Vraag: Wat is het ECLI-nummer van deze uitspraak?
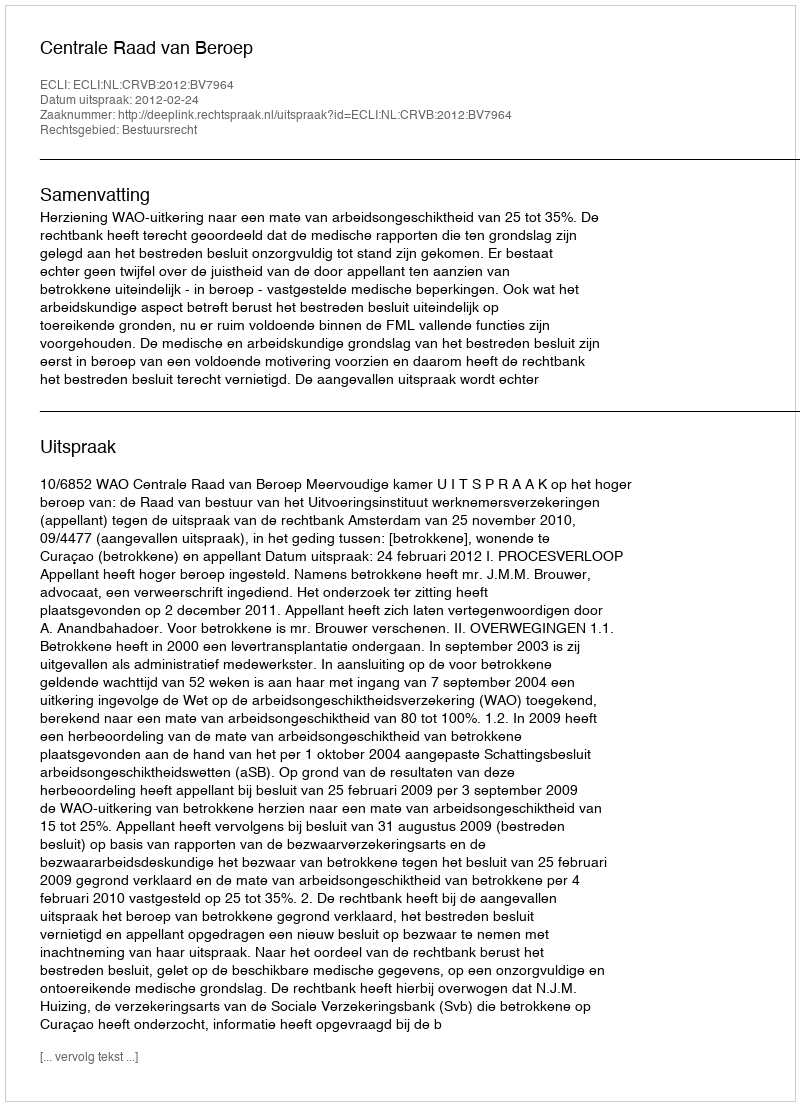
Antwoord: ECLI:NL:CRVB:2012:BV7964